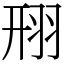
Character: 䍾